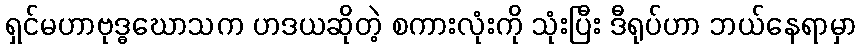
ရှင်မဟာဗုဒ္ဓဃောသက ဟဒယဆိုတဲ့ စကားလုံးကို သုံးပြီး ဒီရုပ်ဟာ ဘယ်နေရာမှာ